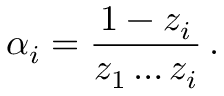
\alpha _ { i } = \frac { 1 - z _ { i } } { z _ { 1 } \ldots z _ { i } } \, .